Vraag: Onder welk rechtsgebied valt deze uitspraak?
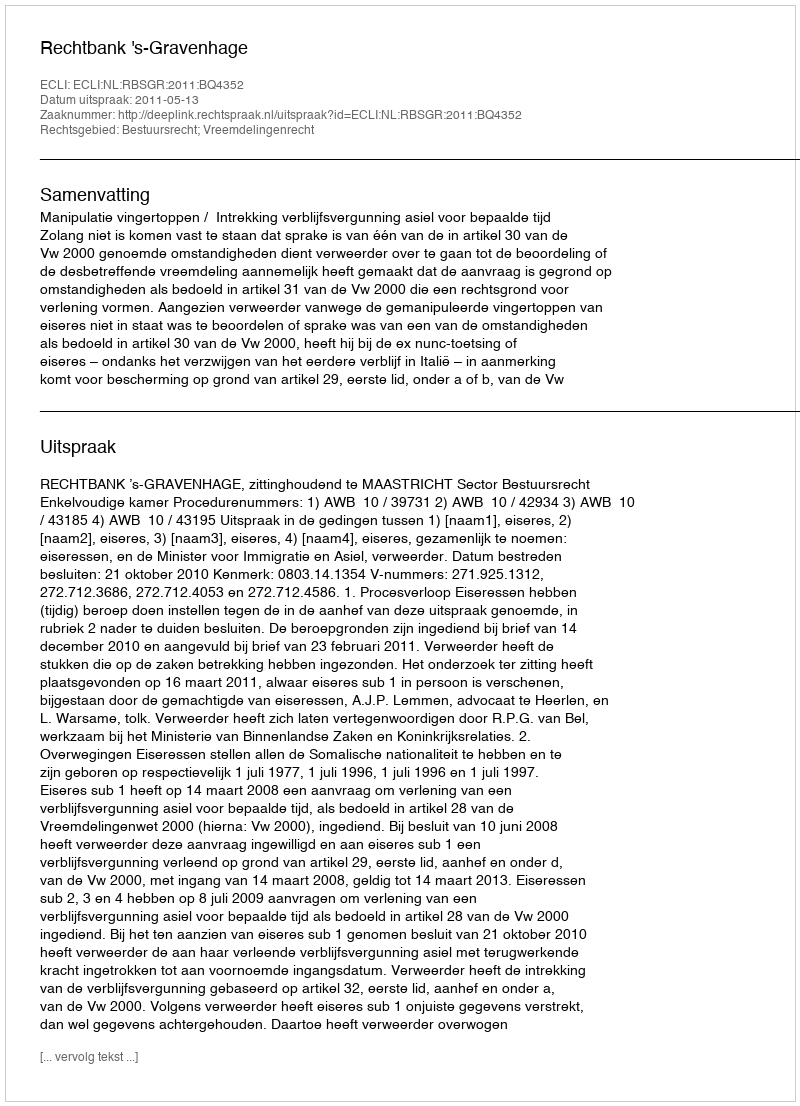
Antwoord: Bestuursrecht; Vreemdelingenrecht